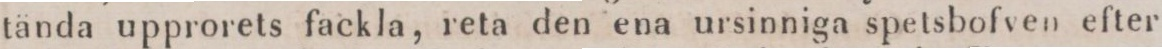
tända upprorets fackla, reta den ena ursinniga spetsbofven efter